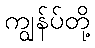
ကျွန်ပ်တို့